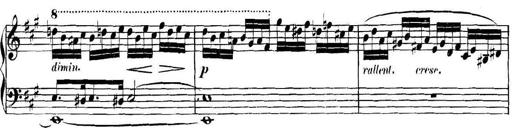
Title: Collected Piano Sonatas
Composer: Muzio Clementi